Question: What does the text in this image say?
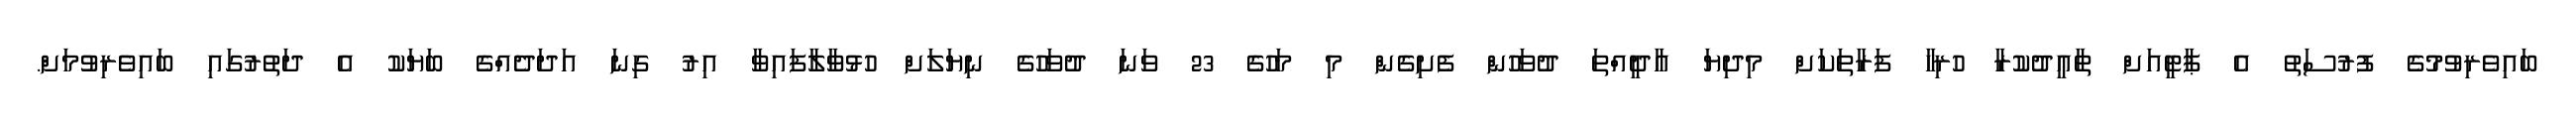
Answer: ބައިވެރިވުމުގެ ފުރުސަތު އެ ޕާޓީއަށް ތާއީދުކުރާ ހުރިހާ ފަރާތަކަށް މިދިޔަ އާދީއްތަ ދުވަހުން ފެށިގެން މި މަހުގެ 23 ވަނަ ދުވަހުގެ ނިޔަލަށް ހުޅުވާލާފައިވާ އިރު ގިނަ އަދަދެއްގެ ބަޔަކު އެ ދަތުރުގައި ބައިވެރިވުމަށް.